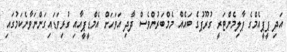
އަދި ޕީޕީއެމްގެ ޕާލިމެންޓަރީ ގުރޫޕުގެ ބައެއް މެމްބަރުންވެސް ދާދި އަވަހަށް އެމްޑީޕީއާއި ގުޅިވަޑައިގަންނަވާނެކަމުގައި